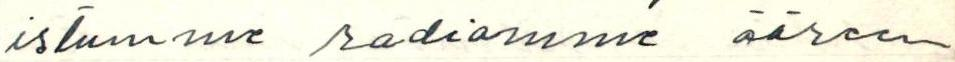
istumme radiomme ääreen